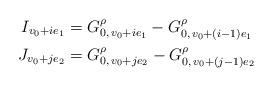
LaTeX: \begin{align*}I_{v_0+ie_1}&=G^\rho_{0,\,v_0+ie_1}-G^\rho_{0,\,v_0+(i-1)e_1}\\J_{v_0+je_2}&=G^\rho_{0,\,v_0+je_2}-G^\rho_{0,\,v_0+(j-1)e_2} \end{align*}